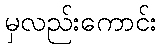
မှလည်းကောင်း